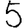
Digit: 5